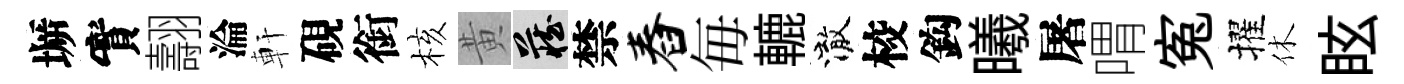
󶱲實翿淪軒硯銜核黄藏禁舂毎轆澈校鈎曦屠喟寃擢休眩